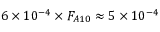
6 \times 1 0 ^ { - 4 } \times F _ { A 1 0 } \approx 5 \times 1 0 ^ { - 4 }